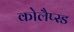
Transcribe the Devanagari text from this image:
कोलैप्स्ड